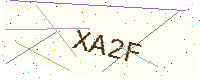
Text: XA2F